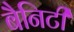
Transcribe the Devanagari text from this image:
बैनिटी